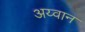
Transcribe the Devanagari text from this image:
अय्वान